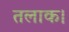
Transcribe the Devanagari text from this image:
तलाक।